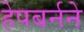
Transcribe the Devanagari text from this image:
हेपबर्नने